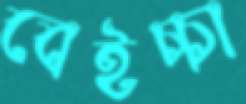
বেইচ্চা